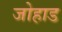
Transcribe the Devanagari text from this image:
जोहाड